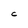
Character: C